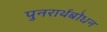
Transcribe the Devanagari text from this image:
पुनरार्थबोधन